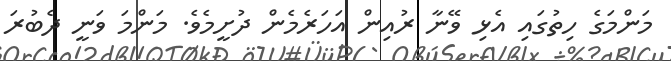
މަންމަގެ ހިތުގައި އެޅި ވޭނާ ރުއިން އަހަރެމެން ދުށީމެވެ. މަންމަ ވަނީ ދެބުރަ